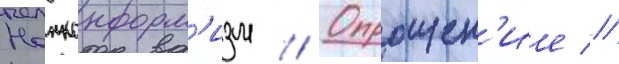
Нонконформ'изм // Опрощен'ие //